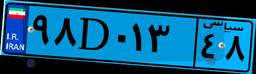
۹۸D۰۱۳۴۸